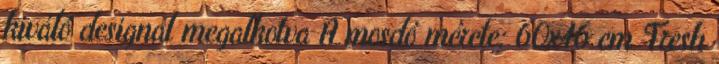
kiváló designal megalkotva A mosdó mérete: 60x46 cm Fresh